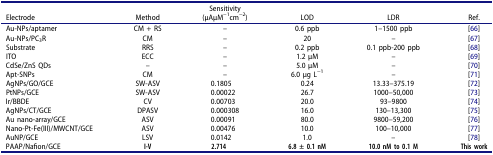
| Electrode | Method | Sensitivity(μAμM−1cm−2) | LOD | LDR | Ref. |
 | --- | --- | --- | --- | --- | --- |
 | Au-NPs/aptamer | CM + RS | – | 0.6 ppb | 1–1500 ppb | [66] |
 | Au-NPs/PC3R | CM | – | 20 | – | [67] |
 | Substrate | RRS | – | 0.2 ppb | 0.1 ppb-200 ppb | [68] |
 | ITO | ECC | – | 1.2 μM | – | [69] |
 | CdSe/ZnS QDs | – | – | 5.0 μM | – | [70] |
 | Apt-SNPs | CM | – | 6.0 μg L−1 | – | [71] |
 | AgNPs/GO/GCE | SW-ASV | 0.1805 | 0.24 | 13.33–375.19 | [72] |
 | PtNPs/GCE | SW-ASV | 0.00022 | 26.7 | 1000–50,000 | [73] |
 | Ir/BBDE | CV | 0.00703 | 20.0 | 93–9800 | [74] |
 | AgNPs/CT/GCE | DPASV | 0.000308 | 16.0 | 130–13,300 | [75] |
 | Au nano-array/GCE | ASV | 0.00091 | 80.0 | 9800–59,200 | [76] |
 | Nano-Pt-Fe(III)/MWCNT/GCE | ASV | 0.00476 | 10.0 | 100–10,000 | [77] |
 | AuNP/GCE | LSV | 0.0142 | 1.0 | – | [78] |
 | PAAP/Nafion/GCE | I-V | 2.714 | 6.8 ± 0.1 nM | 10.0 nM to 0.1 M | Thiswork |